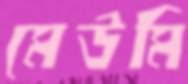
মেউমি